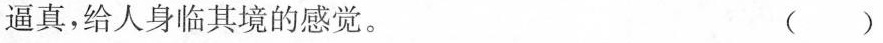
逼真，给人身临其境的感觉。